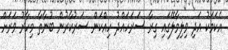
އެކަމަކު އަދި ވިލިމާލޭގައި ގިރާ ސަރަހައްދު ހިއްކަން ސަރުކާރުން ބުނާތާ މިހާރު ވަރަށް